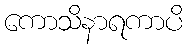
ကောသိနာရကာပိ